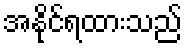
အနိုင်ရထားသည်